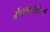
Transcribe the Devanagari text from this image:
ब्रोंकोडाईलेटर्स